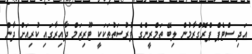
އަދި ސްޓެޕް ޕްރޮގްރާމުން ލިބޭ ތަމްރީންގެ ފުރުސަތުތަކަކީ ޓޫރިޒަމް ދާއިރާގައި ކުރިއަށް ދާން